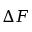
\Delta F